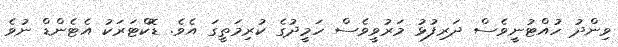
ވިންދު ހުއްޓުނީވެސް ދަރިފުޅު މަރުވީވެސް ހަމީދުގެ ކުރިމަތީގަ އެވެ. ޑޮކްޓަރަކު އެޓެންޑް ނުވެ